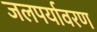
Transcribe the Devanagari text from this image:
जलपर्यावरण